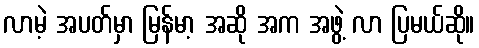
လာမဲ့ အပတ်မှာ မြန်မာ့ အဆို အက အဖွဲ့ လာ ပြမယ်ဆို။